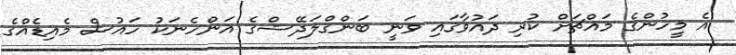
އެ މީހުންގެ މައްޗަށް ކުރި ދައުވާގައި ވަނީ ބަންގްލަދޭޝްގެ އަންހެނަކު ހައުސް މެއިޑެއްގެ